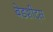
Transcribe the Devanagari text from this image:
बेडशीट्स